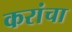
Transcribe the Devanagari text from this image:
करांचा